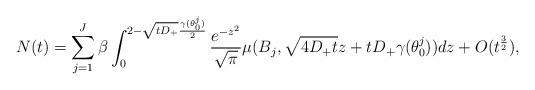
LaTeX: \begin{align*} N(t) =\sum_{j=1}^J\beta\int_0^{2-\sqrt{tD_+}\frac{\gamma(\theta_0^j)}{2}}\frac{e^{-z^2}}{\sqrt{\pi}} \mu(B_j,\sqrt{4D_+t} z+tD_+\gamma(\theta_0^j)) dz +O(t^\frac{3}{2}), \end{align*}